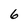
Character: 6